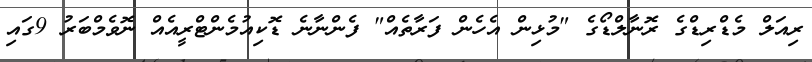
ރިއަލް މެޑްރިޑްގެ ރޮނާލްޑޯގެ "މުޅިން އެހެން ފަރާތެއް" ފެންނާނެ ޑޮކިއުމެންޓްރީއެއް ނޮވެމްބަރު 9ގައި